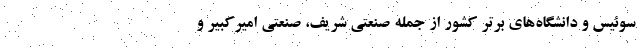
سوئیس و دانشگاه­های برتر کشور از جمله صنعتی شریف، صنعتی امیرکبیر و